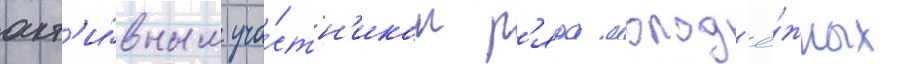
акт'и́вным уча́стн'иком р'яда молод'ё́жных